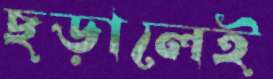
ছড়ালেই